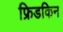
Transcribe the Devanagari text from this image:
फ्रिडकिन